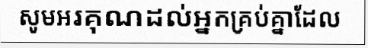
សូមអរគុណដល់អ្នកគ្រប់គ្នាដែល